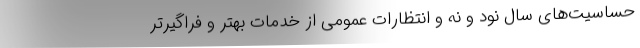
حساسیت‌های سال نود و نه و انتظارات عمومی از خدمات بهتر و فراگیرتر